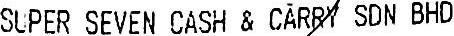
SUPER SEVEN CASH & CARRY SDN BHD